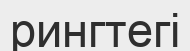
рингтегі